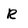
Character: R